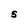
Character: 5